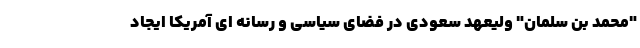
"محمد بن سلمان" ولیعهد سعودی در فضای سیاسی و رسانه ای آمریکا ایجاد